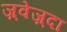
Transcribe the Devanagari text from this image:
ज़्वेज़्दा